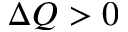
\Delta Q > 0